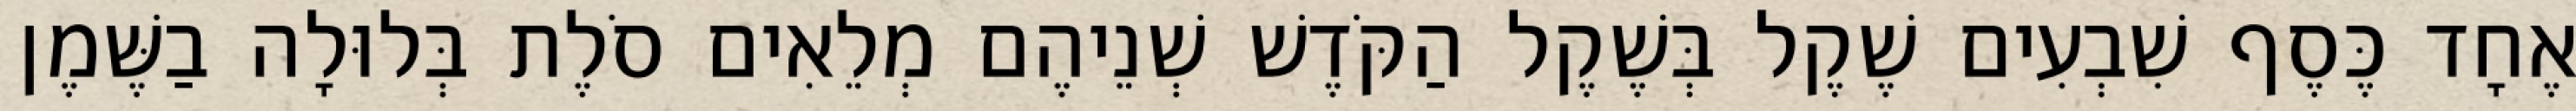
אֶחָד כֶּסֶף שִׁבְעִים שֶׁקֶל בְּשֶׁקֶל הַקֹּדֶשׁ שְׁנֵיהֶם מְלֵאִים סֹלֶת בְּלוּלָה בַשֶּׁמֶן